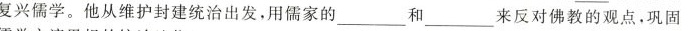
复兴儒学。他从维护封建统治出发，用儒家的___和___来反对佛教的观点。巩固